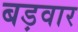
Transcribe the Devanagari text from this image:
बड़वार